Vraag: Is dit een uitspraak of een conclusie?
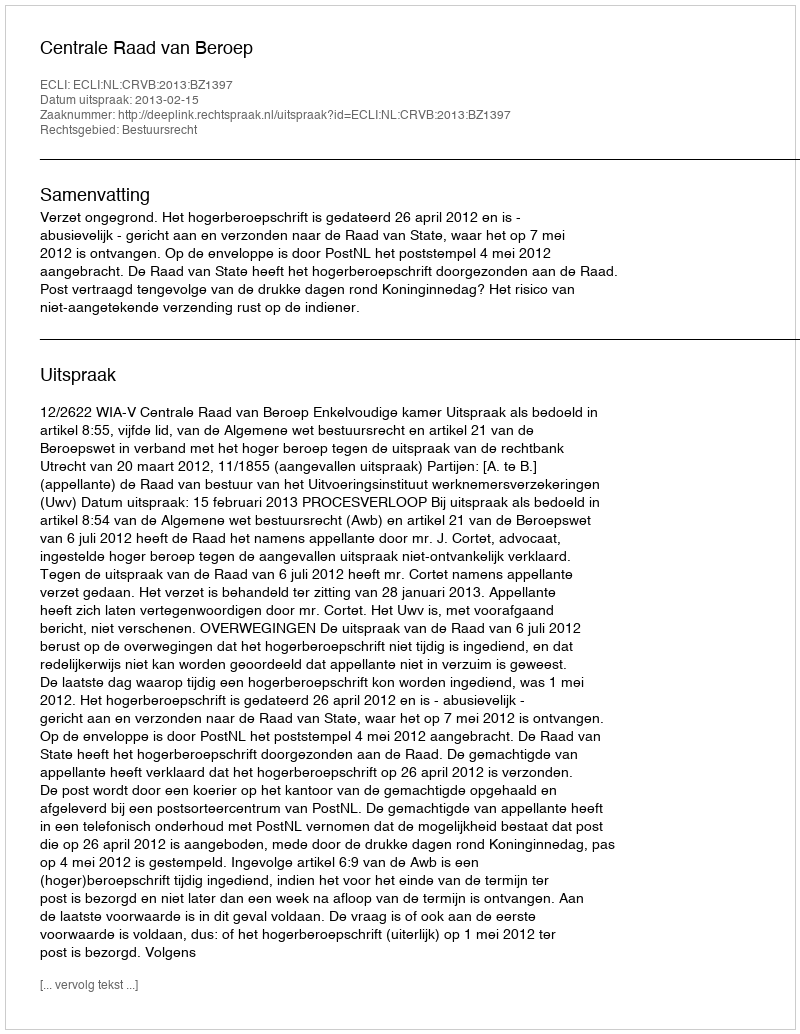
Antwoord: Uitspraak